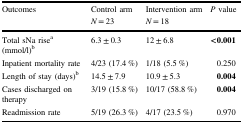
| Outcomes | Control arm | Intervention arm | P value |
 |  | N = 23 | N = 18 |  |
 | --- | --- | --- | --- |
 | Total sNa risea (mmol/l)b | 6.3 ± 0.3 | 12 ± 6.8 | <0.001 |
 | Inpatient mortality rate | 4/23 (17.4 %) | 1/18 (5.5 %) | 0.250 |
 | Length of stay (days)b | 14.5 ± 7.9 | 10.9 ± 5.3 | 0.004 |
 | Cases discharged on therapy | 3/19 (15.8 %) | 10/17 (58.8 %) | 0.004 |
 | Readmission rate | 5/19 (26.3 %) | 4/17 (23.5 %) | 0.970 |